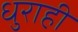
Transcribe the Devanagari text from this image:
धुराही